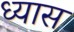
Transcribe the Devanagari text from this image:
ध्‍यास